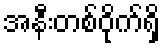
အနီးတစ်ဝိုက်ရှိ